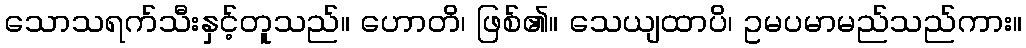
သောသရက်သီးနှင့်တူသည်။ ဟောတိ၊ ဖြစ်၏။ သေယျထာပိ၊ ဥမပမာမည်သည်ကား။